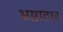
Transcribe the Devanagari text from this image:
भ्रष्टाटार